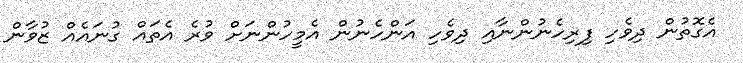
އެގޮތުން ދިވެހި ފިރިހެނުންނާއި ދިވެހި އަންހެނުން އެމީހުންނަށް ވުރެ އެތައް ގުނައެއް ޒުވާން